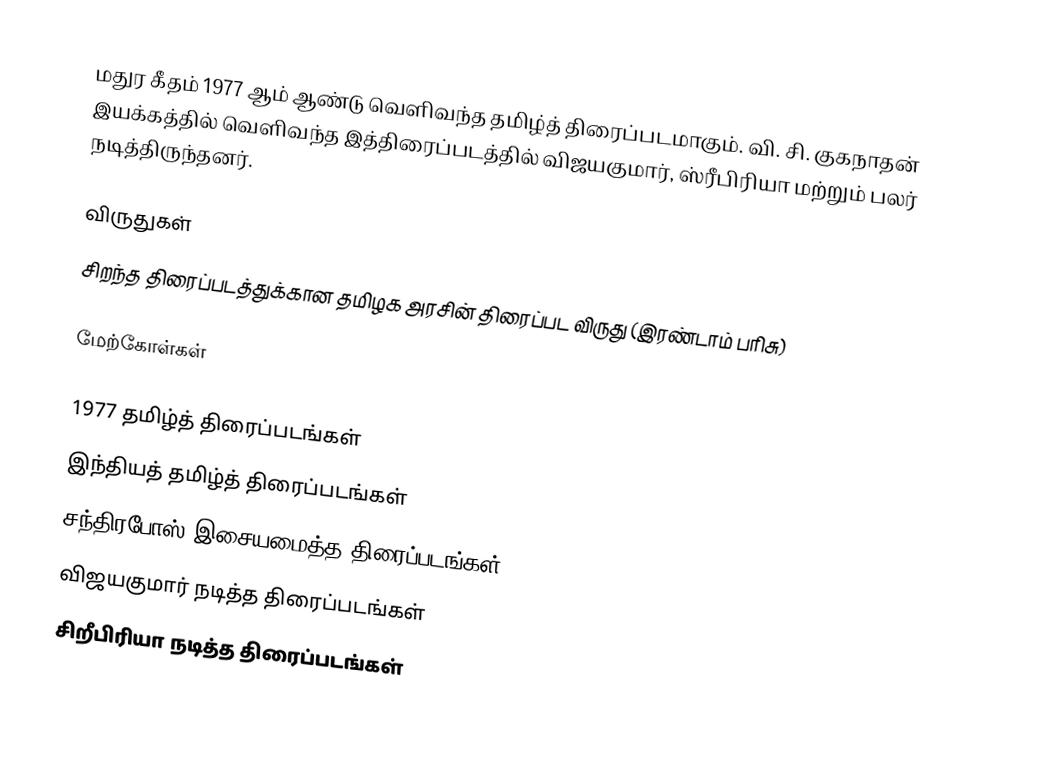
மதுர கீதம் 1977 ஆம் ஆண்டு வெளிவந்த தமிழ்த் திரைப்படமாகும். வி. சி. குகநாதன் இயக்கத்தில் வெளிவந்த இத்திரைப்படத்தில் விஜயகுமார், ஸ்ரீபிரியா மற்றும் பலர் நடித்திருந்தனர்.

விருதுகள்
 சிறந்த திரைப்படத்துக்கான தமிழக அரசின் திரைப்பட விருது (இரண்டாம் பரிசு)

மேற்கோள்கள்

1977 தமிழ்த் திரைப்படங்கள்
இந்தியத் தமிழ்த் திரைப்படங்கள்
சந்திரபோஸ் இசையமைத்த திரைப்படங்கள்
விஜயகுமார் நடித்த திரைப்படங்கள்
சிறீபிரியா நடித்த திரைப்படங்கள்